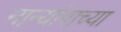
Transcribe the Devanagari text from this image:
नान्यांगाच्या